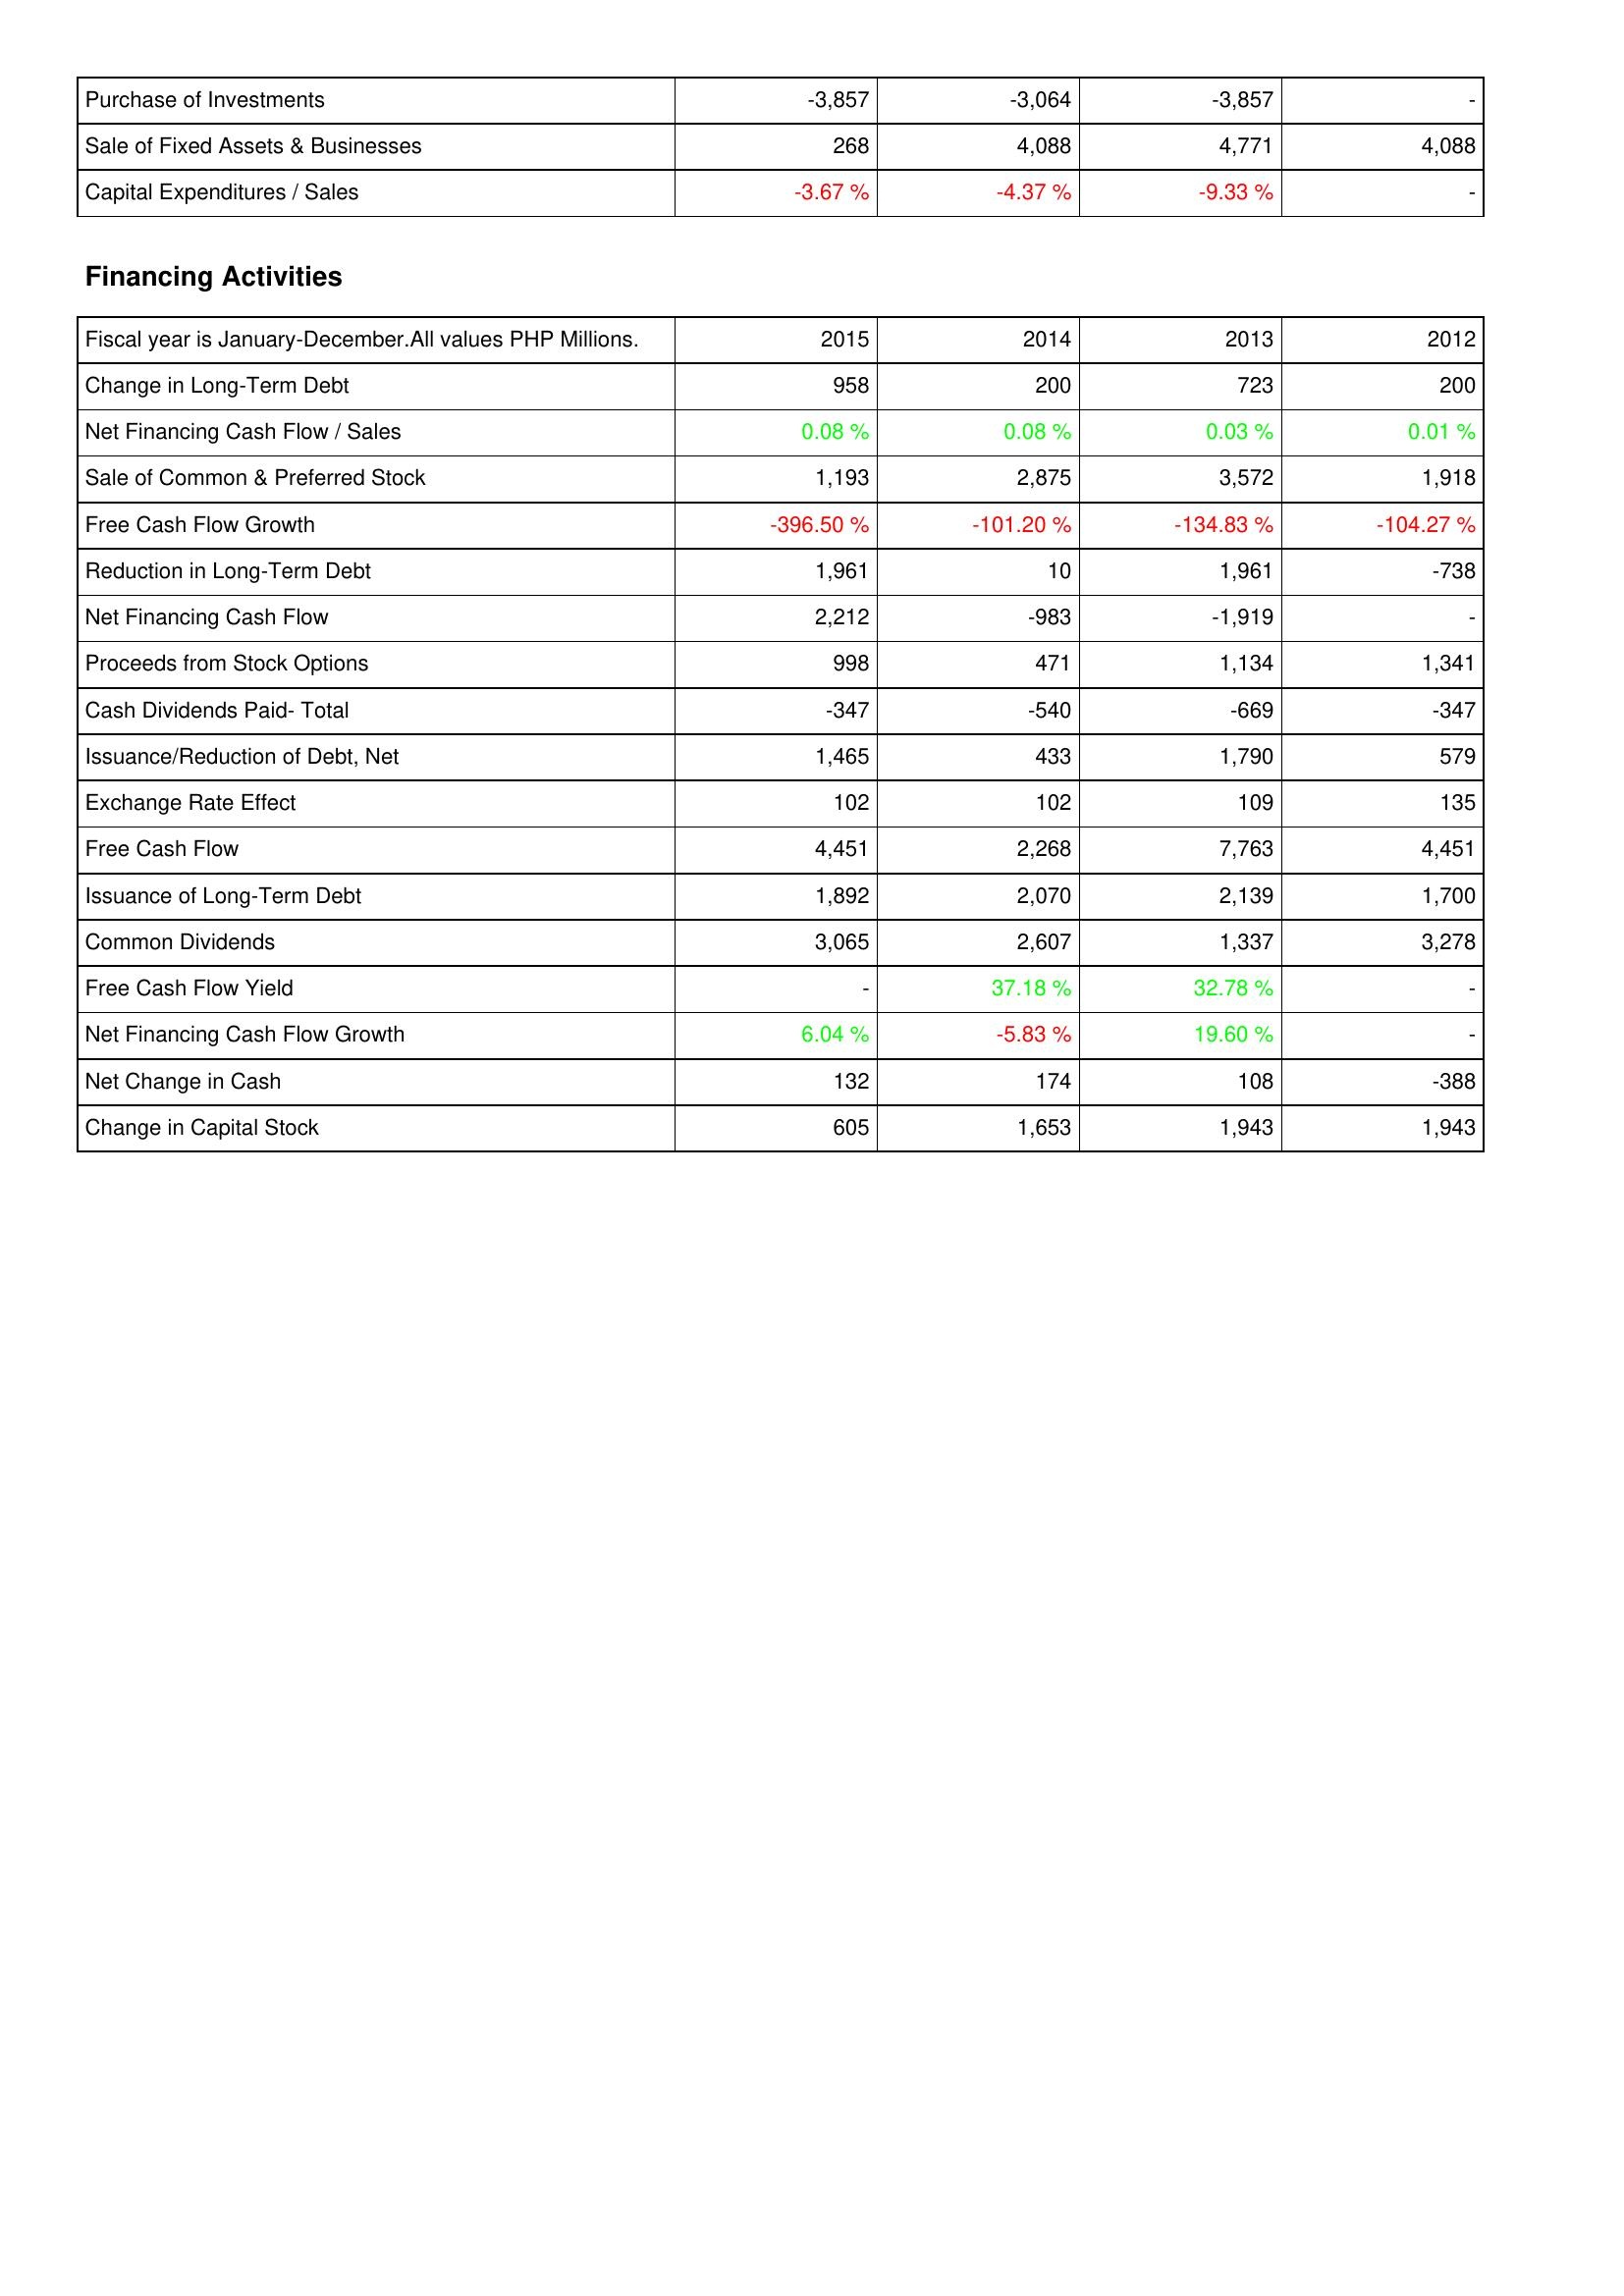
2015: Investing Activities: Purchase of Investments: -3,857
Sale of Fixed Assets & Businesses: 268
Capital Expenditures / Sales: -3.67 %
Financing Activities: Change in Long-Term Debt: 958
Net Financing Cash Flow / Sales: 0.08 %
Sale of Common & Preferred Stock: 1,193
Free Cash Flow Growth: -396.50 %
Reduction in Long-Term Debt: 1,961
Net Financing Cash Flow: 2,212
Proceeds from Stock Options: 998
Cash Dividends Paid- Total: -347
Issuance/Reduction of Debt, Net: 1,465
Exchange Rate Effect: 102
Free Cash Flow: 4,451
Issuance of Long-Term Debt: 1,892
Common Dividends: 3,065
Free Cash Flow Yield: -
Net Financing Cash Flow Growth: 6.04 %
Net Change in Cash: 132
Change in Capital Stock: 605
2014: Investing Activities: Purchase of Investments: -3,064
Sale of Fixed Assets & Businesses: 4,088
Capital Expenditures / Sales: -4.37 %
Financing Activities: Change in Long-Term Debt: 200
Net Financing Cash Flow / Sales: 0.08 %
Sale of Common & Preferred Stock: 2,875
Free Cash Flow Growth: -101.20 %
Reduction in Long-Term Debt: 10
Net Financing Cash Flow: -983
Proceeds from Stock Options: 471
Cash Dividends Paid- Total: -540
Issuance/Reduction of Debt, Net: 433
Exchange Rate Effect: 102
Free Cash Flow: 2,268
Issuance of Long-Term Debt: 2,070
Common Dividends: 2,607
Free Cash Flow Yield: 37.18 %
Net Financing Cash Flow Growth: -5.83 %
Net Change in Cash: 174
Change in Capital Stock: 1,653
2013: Investing Activities: Purchase of Investments: -3,857
Sale of Fixed Assets & Businesses: 4,771
Capital Expenditures / Sales: -9.33 %
Financing Activities: Change in Long-Term Debt: 723
Net Financing Cash Flow / Sales: 0.03 %
Sale of Common & Preferred Stock: 3,572
Free Cash Flow Growth: -134.83 %
Reduction in Long-Term Debt: 1,961
Net Financing Cash Flow: -1,919
Proceeds from Stock Options: 1,134
Cash Dividends Paid- Total: -669
Issuance/Reduction of Debt, Net: 1,790
Exchange Rate Effect: 109
Free Cash Flow: 7,763
Issuance of Long-Term Debt: 2,139
Common Dividends: 1,337
Free Cash Flow Yield: 32.78 %
Net Financing Cash Flow Growth: 19.60 %
Net Change in Cash: 108
Change in Capital Stock: 1,943
2012: Investing Activities: Purchase of Investments: -
Sale of Fixed Assets & Businesses: 4,088
Capital Expenditures / Sales: -
Financing Activities: Change in Long-Term Debt: 200
Net Financing Cash Flow / Sales: 0.01 %
Sale of Common & Preferred Stock: 1,918
Free Cash Flow Growth: -104.27 %
Reduction in Long-Term Debt: -738
Net Financing Cash Flow: -
Proceeds from Stock Options: 1,341
Cash Dividends Paid- Total: -347
Issuance/Reduction of Debt, Net: 579
Exchange Rate Effect: 135
Free Cash Flow: 4,451
Issuance of Long-Term Debt: 1,700
Common Dividends: 3,278
Free Cash Flow Yield: -
Net Financing Cash Flow Growth: -
Net Change in Cash: -388
Change in Capital Stock: 1,943